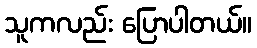
သူကလည်း ပြောပါတယ်။